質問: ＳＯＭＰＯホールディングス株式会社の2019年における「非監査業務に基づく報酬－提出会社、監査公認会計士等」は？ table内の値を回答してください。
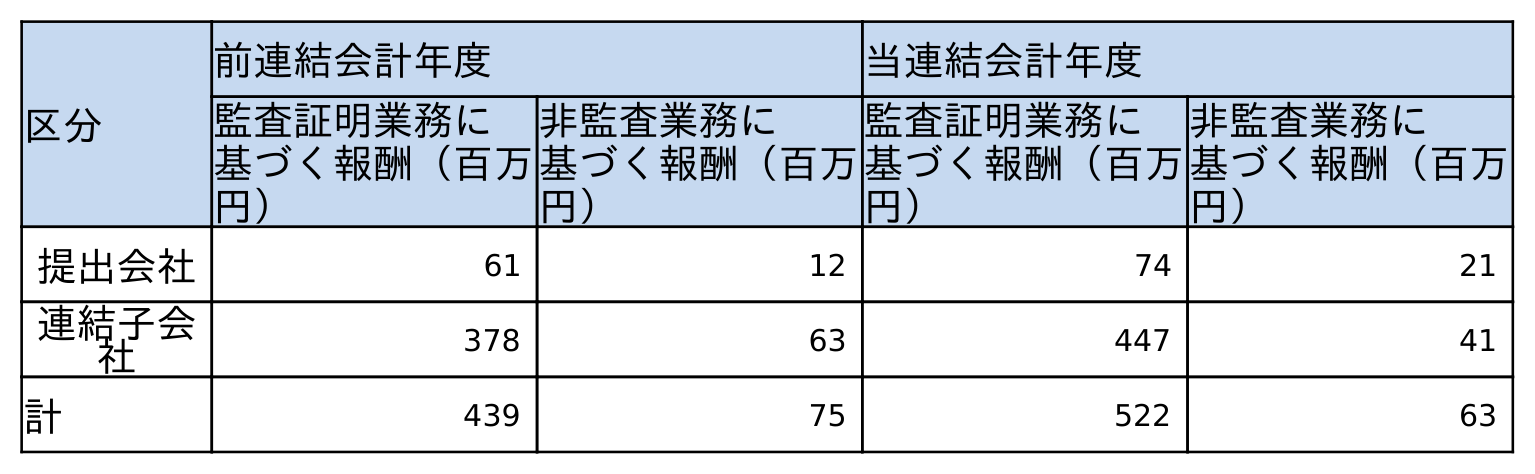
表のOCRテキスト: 区分 前連結会計年度 当連結会計年度 監査証明業務に 基づく報酬（百万 円） 非監査業務に 基づく報酬（百万 円） 監査証明業務に 基づく報酬（百万 円） 非監査業務に 基づく報酬（百万 円） 提出会社 61 12 74 21 連結子会 社 378 63 447 41 計 439 75 522 63
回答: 12